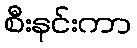
စီးနင်းကာ